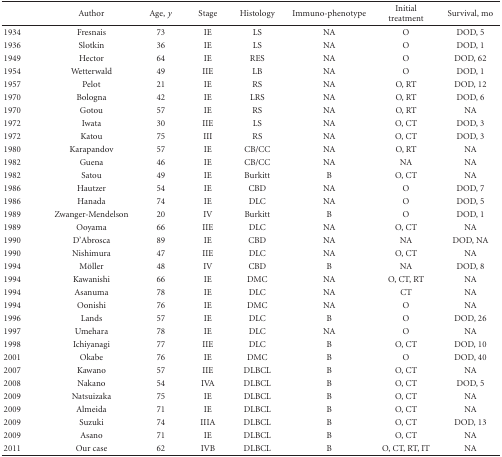
<table><thead><tr><td></td><td><b>Author</b></td><td><b>Age, <i>y</i></b></td><td><b>Stage</b></td><td><b>Histology</b></td><td><b>Immuno-phenotype</b></td><td><b>Initial treatment</b></td><td><b>Survival, mo</b></td></tr></thead><tbody><tr><td>1934</td><td>Fresnais</td><td>73</td><td>IE</td><td>LS</td><td>NA</td><td>O</td><td>DOD, 5</td></tr><tr><td>1936</td><td>Slotkin</td><td>36</td><td>IE</td><td>LS</td><td>NA</td><td>O</td><td>DOD, 1</td></tr><tr><td>1949</td><td>Hector</td><td>64</td><td>IE</td><td>RES</td><td>NA</td><td>O</td><td>DOD, 62</td></tr><tr><td>1954</td><td>Wetterwald</td><td>49</td><td>IIE</td><td>LB</td><td>NA</td><td>O</td><td>DOD, 1</td></tr><tr><td>1957</td><td>Pelot</td><td>21</td><td>IE</td><td>RS</td><td>NA</td><td>O, RT</td><td>DOD, 12</td></tr><tr><td>1970</td><td>Bologna</td><td>42</td><td>IE</td><td>LRS</td><td>NA</td><td>O, RT</td><td>DOD, 6</td></tr><tr><td>1970</td><td>Gotou</td><td>57</td><td>IE</td><td>RS</td><td>NA</td><td>O, RT</td><td>NA</td></tr><tr><td>1972</td><td>Iwata</td><td>30</td><td>IIE</td><td>LS</td><td>NA</td><td>O, CT</td><td>DOD, 3</td></tr><tr><td>1972</td><td>Katou</td><td>75</td><td>III</td><td>RS</td><td>NA</td><td>O, CT</td><td>DOD, 3</td></tr><tr><td>1980</td><td>Karapandov</td><td>57</td><td>IE</td><td>CB/CC</td><td>NA</td><td>O, RT</td><td>NA</td></tr><tr><td>1982</td><td>Guena</td><td>46</td><td>IE</td><td>CB/CC</td><td>NA</td><td>NA</td><td>NA</td></tr><tr><td>1982</td><td>Satou</td><td>49</td><td>IE</td><td>Burkitt</td><td>B</td><td>O, CT</td><td>NA</td></tr><tr><td>1986</td><td>Hautzer</td><td>54</td><td>IE</td><td>CBD</td><td>NA</td><td>O</td><td>DOD, 7</td></tr><tr><td>1986</td><td>Hanada</td><td>74</td><td>IE</td><td>DLC</td><td>NA</td><td>O</td><td>DOD, 5</td></tr><tr><td>1989</td><td>Zwanger-Mendelson</td><td>20</td><td>IV</td><td>Burkitt</td><td>B</td><td>O</td><td>DOD, 1</td></tr><tr><td>1989</td><td>Ooyama</td><td>66</td><td>IIE</td><td>DLC</td><td>NA</td><td>O, CT</td><td>NA</td></tr><tr><td>1990</td><td>D&#x27;Abrosca</td><td>89</td><td>IE</td><td>CBD</td><td>NA</td><td>NA</td><td>DOD, NA</td></tr><tr><td>1990</td><td>Nishimura</td><td>47</td><td>IIE</td><td>DLC</td><td>NA</td><td>O, CT</td><td>NA</td></tr><tr><td>1994</td><td>Möller</td><td>48</td><td>IV</td><td>CBD</td><td>B</td><td>NA</td><td>DOD, 8</td></tr><tr><td>1994</td><td>Kawanishi</td><td>66</td><td>IE</td><td>DMC</td><td>NA</td><td>O, CT, RT</td><td>NA</td></tr><tr><td>1994</td><td>Asanuma</td><td>78</td><td>IE</td><td>DLC</td><td>NA</td><td>CT</td><td>NA</td></tr><tr><td>1994</td><td>Oonishi</td><td>76</td><td>IE</td><td>DMC</td><td>NA</td><td>O</td><td>NA</td></tr><tr><td>1996</td><td>Lands</td><td>57</td><td>IE</td><td>DLC</td><td>B</td><td>O</td><td>DOD, 26</td></tr><tr><td>1997</td><td>Umehara</td><td>78</td><td>IE</td><td>DLC</td><td>NA</td><td>O</td><td>NA</td></tr><tr><td>1998</td><td>Ichiyanagi</td><td>77</td><td>IIE</td><td>DLC</td><td>B</td><td>O, CT</td><td>DOD, 10</td></tr><tr><td>2001</td><td>Okabe</td><td>76</td><td>IE</td><td>DMC</td><td>B</td><td>O</td><td>DOD, 40</td></tr><tr><td>2007</td><td>Kawano</td><td>57</td><td>IIE</td><td>DLBCL</td><td>B</td><td>O, CT</td><td>NA</td></tr><tr><td>2008</td><td>Nakano</td><td>54</td><td>IVA</td><td>DLBCL</td><td>B</td><td>O, CT</td><td>DOD, 5</td></tr><tr><td>2009</td><td>Natsuizaka</td><td>75</td><td>IE</td><td>DLBCL</td><td>B</td><td>O, CT</td><td>NA</td></tr><tr><td>2009</td><td>Almeida</td><td>71</td><td>IE</td><td>DLBCL</td><td>B</td><td>O, CT</td><td>NA</td></tr><tr><td>2009</td><td>Suzuki</td><td>74</td><td>IIIA</td><td>DLBCL</td><td>B</td><td>O, CT</td><td>DOD, 13</td></tr><tr><td>2009</td><td>Asano</td><td>71</td><td>IE</td><td>DLBCL</td><td>B</td><td>O, CT</td><td>NA</td></tr><tr><td>2011</td><td>Our case</td><td>62</td><td>IVB</td><td>DLBCL</td><td>B</td><td>O, CT, RT, IT</td><td>NA</td></tr></tbody></table>